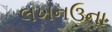
લખનઉના